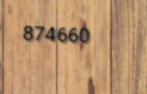
874660